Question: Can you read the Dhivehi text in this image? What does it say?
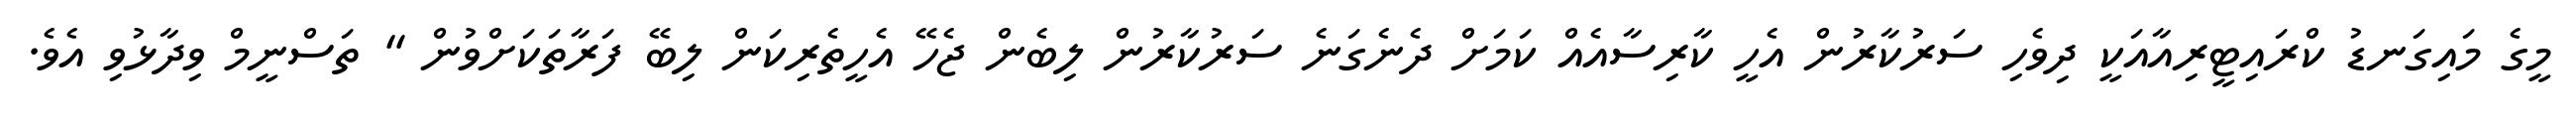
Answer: މީގެ މައިގަނޑު ކްރައިޓީރިއާއަކީ ދިވެހި ސަރުކާރުން އެހީ ކާރިސާއެއް ކަމަށް ދެނެގަނެ ސަރުކާރުން ލިބެން ޖެހޭ އެހީތެރިކަން ލިބޭ ފަރާތަކަށްވުން " ތަސްނީމް ވިދާޅުވި އެވެ.